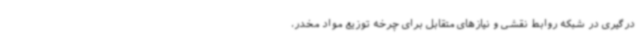
درگیری در شبکه روابط نقشی و نیازهای متقابل برای چرخه توزیع مواد مخدر،